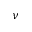
\nu